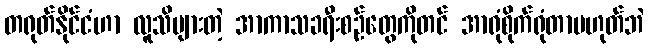
တရုတ်နိုင်ငံဟာ လူသိများတဲ့ အာကာသခရီးစဉ်တွေကိုတင် အာရုံစိုက်ရုံတာမဟုတ်ဘဲ